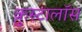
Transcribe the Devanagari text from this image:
क्रुस्टालॉस